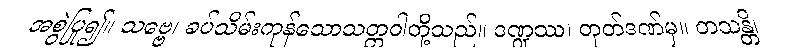
အစွဲပြု၍။ သဗ္ဗေ၊ ခပ်သိမ်းကုန်သောသတ္တဝါတို့သည်။ ဒဏ္ဍဿ၊ တုတ်ဒဏ်မှ။ တသန္တိ၊